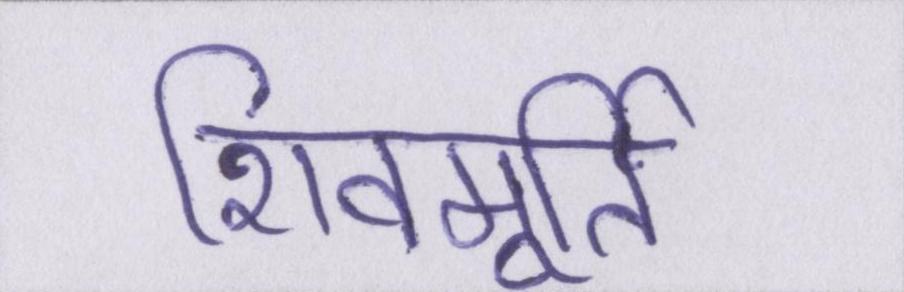
शिवमूर्ति